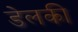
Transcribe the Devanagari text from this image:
डेलकी